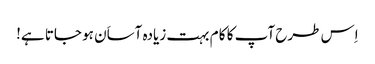
اِس طرح آپ کا کا م بہت زیادہ آساَن ہو جاتا ہے!